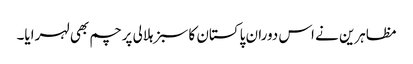
مظاہرین نے اس دوران پاکستان کا سبز ہلالی پرچم بھی لہرایا۔